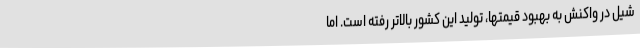
شیل در واکنش به بهبود قیمتها، تولید این کشور بالاتر رفته است. اما